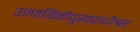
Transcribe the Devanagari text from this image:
उज्जयिनीपुरवराधीश्वर